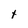
Character: t